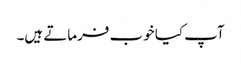
آپ کیا خوب فرماتے ہیں۔